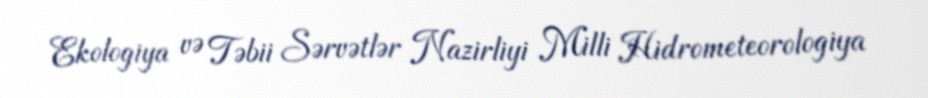
Ekologiya və Təbii Sərvətlər Nazirliyi Milli Hidrometeorologiya